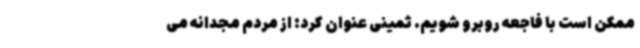
ممکن است با فاجعه روبرو شویم. ثمینی عنوان کرد: از مردم مجدانه می‌